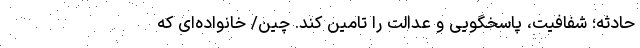
حادثه؛ شفافیت، پاسخگویی و عدالت را تأمین کند. چین/ خانواده‌ای که